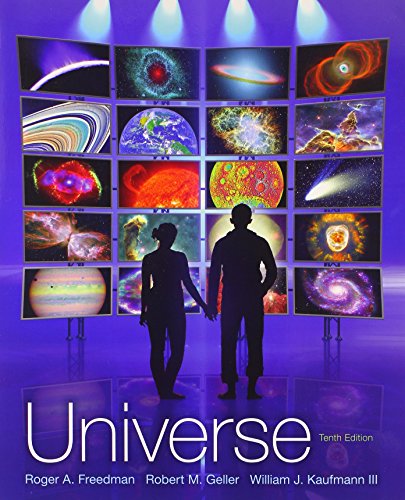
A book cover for Universe; Roger Freedman; Science & Math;